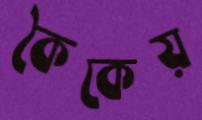
কৈকেয়